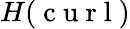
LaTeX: H(\mathrm{~c~u~r~l~})